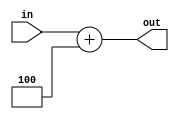
module Incrementer(in, 
                   out);

	parameter WORD_LENGTH = 32;
	input[WORD_LENGTH - 1:0] in;
	output[WORD_LENGTH - 1:0] out;

	assign out = in + 4;	
	
endmodule